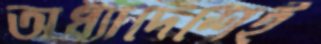
অধ্যাদেশেই